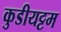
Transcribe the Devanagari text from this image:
कुडीयट्टम